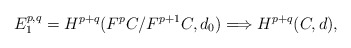
\begin{align*}E_1^{p,q}=H^{p+q}(F^pC\slash F^{p+1}C,d_0)\Longrightarrow H^{p+q}(C,d),\end{align*}